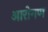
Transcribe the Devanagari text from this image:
आरोगण